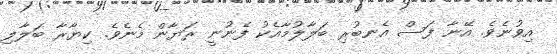
އިވުނެވެ. އޭނާ ފަސް އެނބުރި ބަލާލުމާއެކު ފެނުނީ ރަޔާން މެނެވެ. ކިޔާރާ ބަލާލި